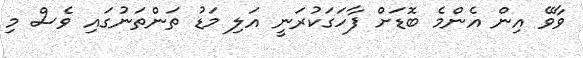
ވާވޭ އިން އެންމެ ބޮޑަށް ފާހަގަކުރަނީ އަލި މަޑު ތަންތަނުގައި ވެސް މި